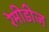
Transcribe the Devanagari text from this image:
रेमीडीज